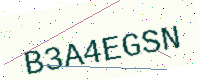
Text: B3A4EGSN